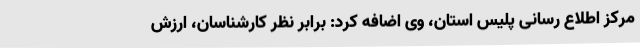
مرکز اطلاع رسانی پلیس استان، وی اضافه کرد: برابر نظر کارشناسان، ارزش